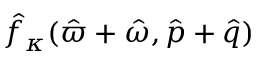
\hat { f } _ { \kappa } ( \hat { \varpi } + \hat { \omega } , \hat { p } + \hat { q } )